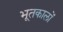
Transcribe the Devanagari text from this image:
भूतकालों